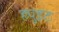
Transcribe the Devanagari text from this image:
ह्युइट